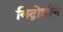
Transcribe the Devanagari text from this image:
विद्रोहीने